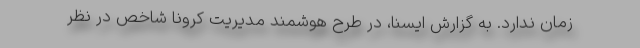
زمان ندارد. به گزارش ایسنا، در طرح هوشمند مدیریت کرونا شاخص‌ در نظر